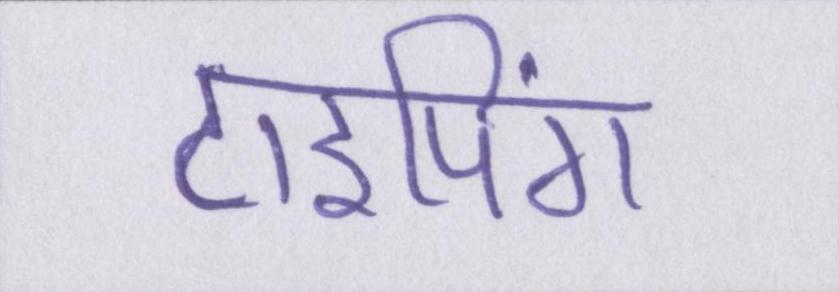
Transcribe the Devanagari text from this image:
टाइपिंग